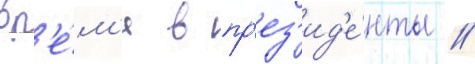
вр'е́м'я в пр'ез'ид'е́нты /